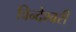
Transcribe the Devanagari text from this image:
विन्देश्वरी